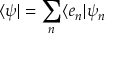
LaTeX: \langle \psi | = \sum _ { n } \langle e _ { n } | \psi _ { n }